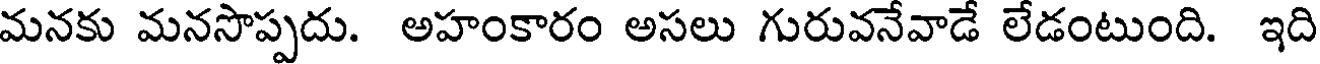
మనకు మనసొప్పదు. అహంకారం అసలు గురువనేవాడే లేడంటుంది. ఇది